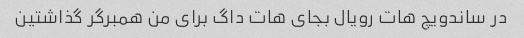
در ساندویچ هات رویال بجای هات داگ برای من همبرگر گذاشتین